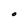
Character: O